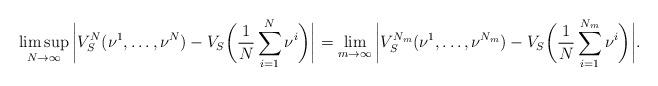
LaTeX: \begin{align*}\limsup_{N \to \infty} \bigg|V_S^N(\nu^1,\dots,\nu^N)-V_S \bigg( \frac{1}{N}\sum_{i=1}^{N}\nu^i \bigg) \bigg|=\lim_{m \to \infty} \bigg|V_S^{N_m}(\nu^1,\dots,\nu^{N_m})-V_S \bigg( \frac{1}{N}\sum_{i=1}^{N_m}\nu^i \bigg) \bigg|.\end{align*}